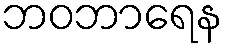
ဘဝဘာရေန